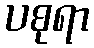
ပစုရာ